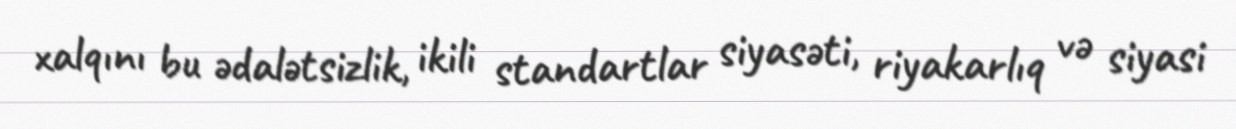
xalqını bu ədalətsizlik, ikili standartlar siyasəti, riyakarlıq və siyasi